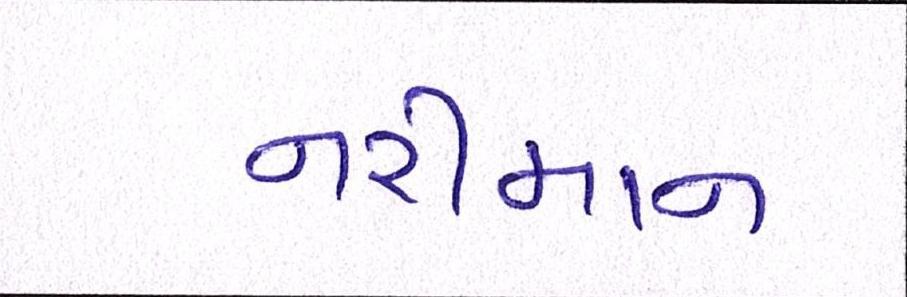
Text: નરીમાન